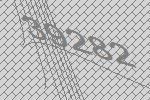
39282